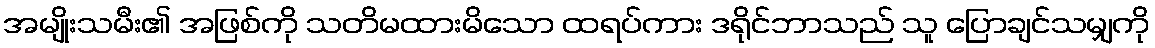
အမျိုးသမီး၏ အဖြစ်ကို သတိမထားမိသော ထရပ်ကား ဒရိုင်ဘာသည် သူ ပြောချင်သမျှကို